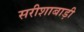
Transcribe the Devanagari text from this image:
सरीशाबाड़ी